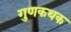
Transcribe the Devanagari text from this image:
गुणकथक